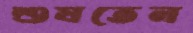
শুষতেন